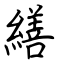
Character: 繕